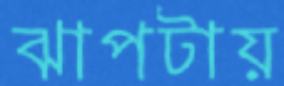
ঝাপটায়